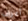
أعرف